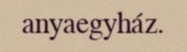
anyaegyház.